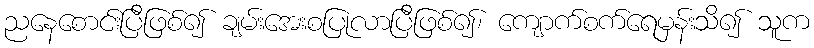
ညနေစောင်းပြီဖြစ်၍ ချမ်းအေးစပြုလာပြီဖြစ်၍၊ ကျောက်စက်ရေမှန်းသိ၍ သူက